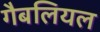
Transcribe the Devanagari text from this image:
गैबलियल